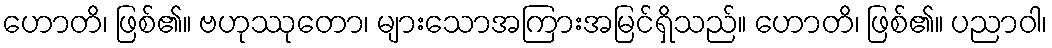
ဟောတိ၊ ဖြစ်၏။ ဗဟုဿုတော၊ များသောအကြားအမြင်ရှိသည်။ ဟောတိ၊ ဖြစ်၏။ ပညာဝါ၊